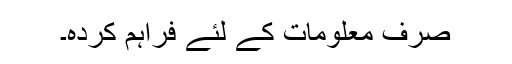
صرف معلومات کے لئے فراہم کردہ۔